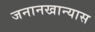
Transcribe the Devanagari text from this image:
जनानखान्यास